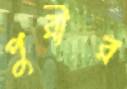
পুরীর